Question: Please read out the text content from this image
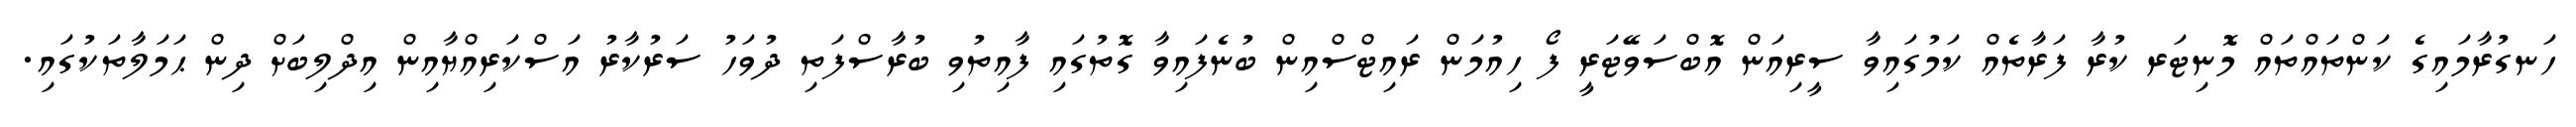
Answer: ހަނގުރާމައިގެ ކަންތައްތައް މޮނިޓަރ ކުރާ ފަރާތެއް ކަމުގައިވާ ސީރިއަން އޮބްސަވޭޓަރީ ފޯ ހިއުމަން ރައިޓްސްއިން ބުނެފައިވާ ގޮތުގައި ފާއިތުވި ބުރާސްފަތި ދުވަހު ސަރުކާރު އަސްކަރިއްޔާއިން އިދްލިބަށް ދިން ޙަމަލާތަކުގައި.